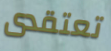
تعتقدى